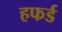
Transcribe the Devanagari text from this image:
हफर्ड